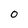
Character: 0